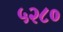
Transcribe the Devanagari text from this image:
५२८०